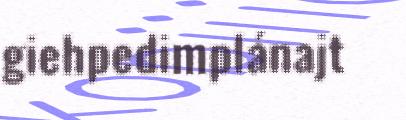
giehpedimplánajt